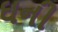
ઘની